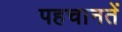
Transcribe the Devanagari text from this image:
पहचानतें